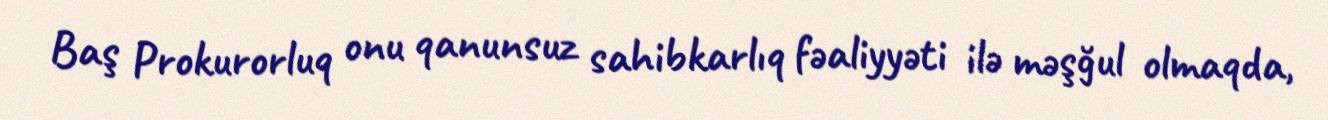
Baş Prokurorluq onu qanunsuz sahibkarlıq fəaliyyəti ilə məşğul olmaqda,